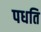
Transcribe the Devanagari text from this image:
पधति